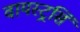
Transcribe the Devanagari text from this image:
वायस्ट्रसि